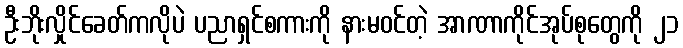
ဦးဘိုးလှိုင်ခေတ်ကလိုပဲ ပညာရှင်စကားကို နားမဝင်တဲ့ အာဏာကိုင်အုပ်စုတွေကို ၂၁